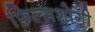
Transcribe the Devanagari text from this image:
फ़िल्मशोगी